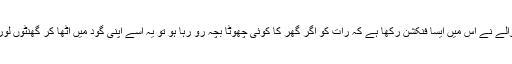
اسے تیار کرنے والے نے اِس میں ایسا فنکشن رکھا ہے کہ رات کو اگر گھر کا کوئی چھوٹا بچہ رو رہا ہو تو یہ اسے اپنی گود میں اٹھا کر گھنٹوں لوریاں سنا سکتا ہے۔